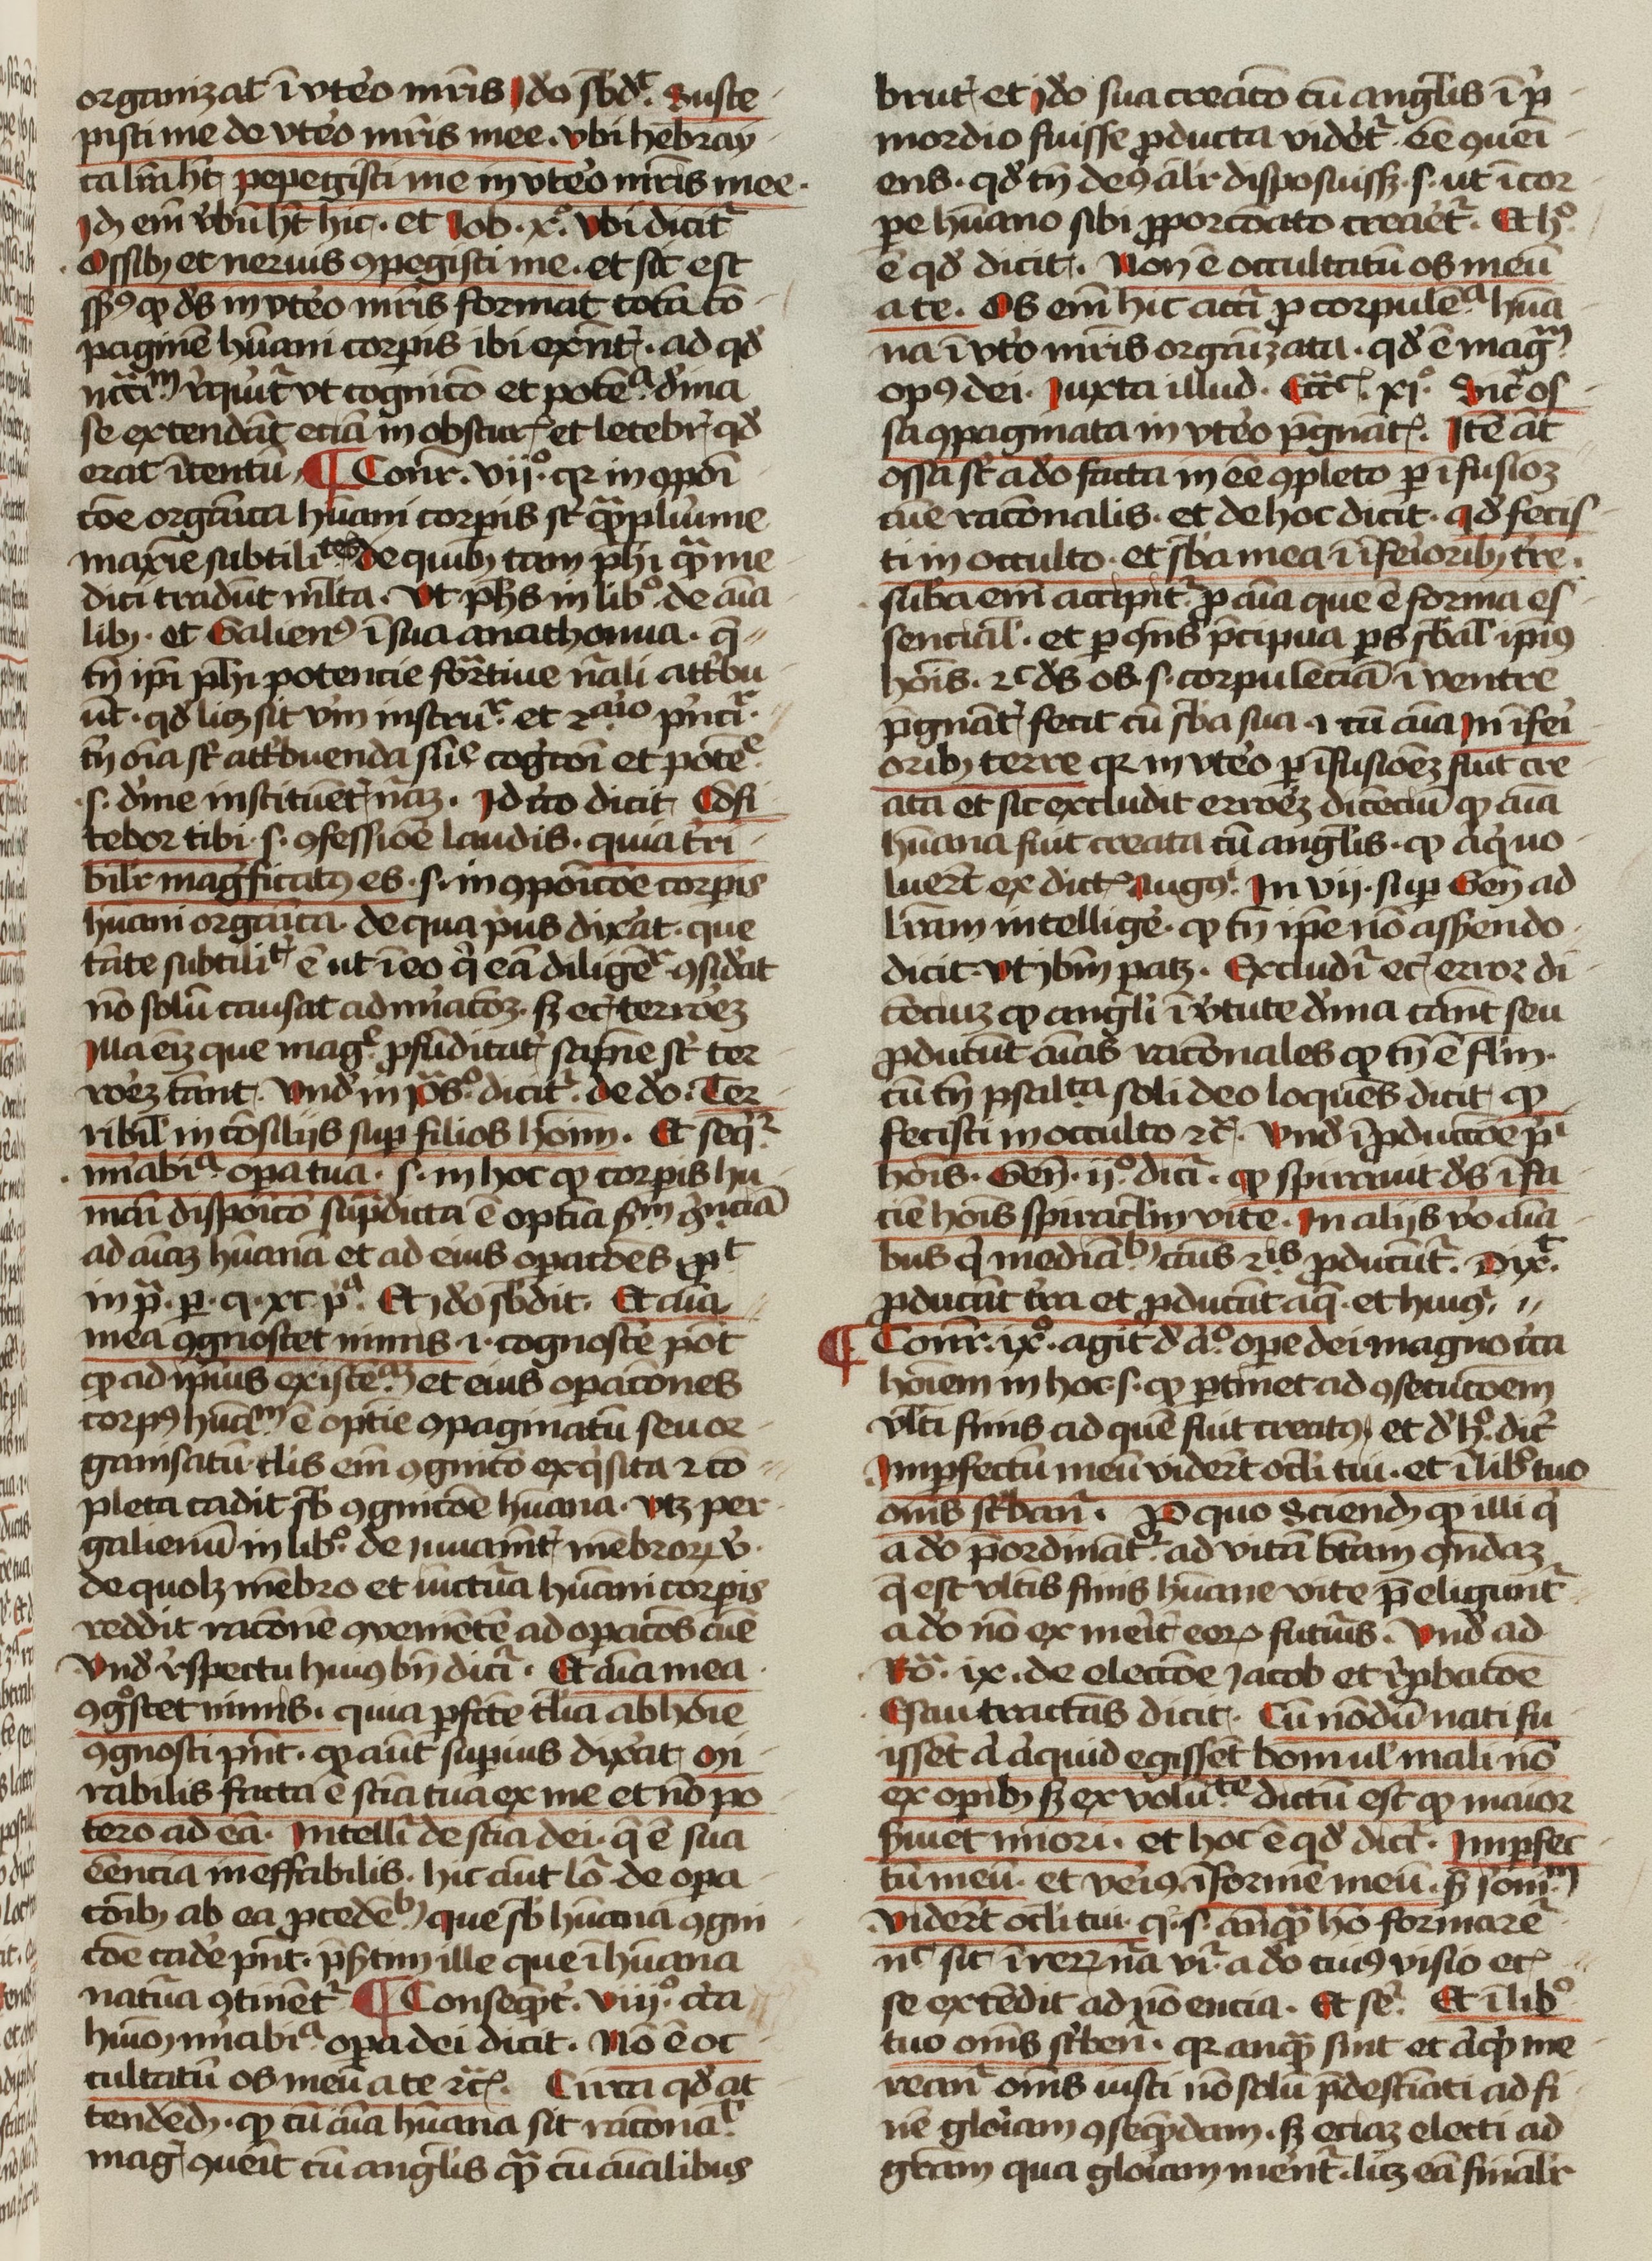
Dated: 1400–1499